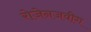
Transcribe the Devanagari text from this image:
रोजेनजवीग